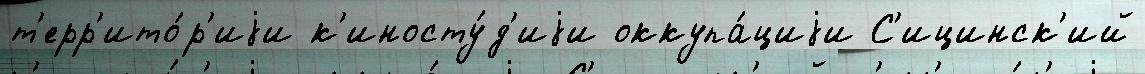
т'ерр'ито́р'иjи к'иносту́д'иjи оккупа́циjи С'ицинск'ий